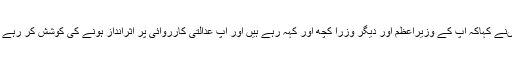
انہوںنے کہاکہ آپ کے وزیراعظم اور دیگر وزرا کچھ اور کہہ رہے ہیں اور آپ عدالتی کارروائی پر اثرانداز ہونے کی کوشش کر رہے ہیں۔